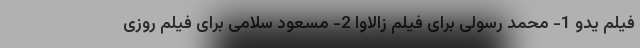
فیلم یدو 1- محمد رسولی برای فیلم زالاوا 2- مسعود سلامی برای فیلم روزی